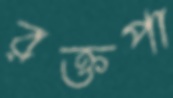
রক্তপা